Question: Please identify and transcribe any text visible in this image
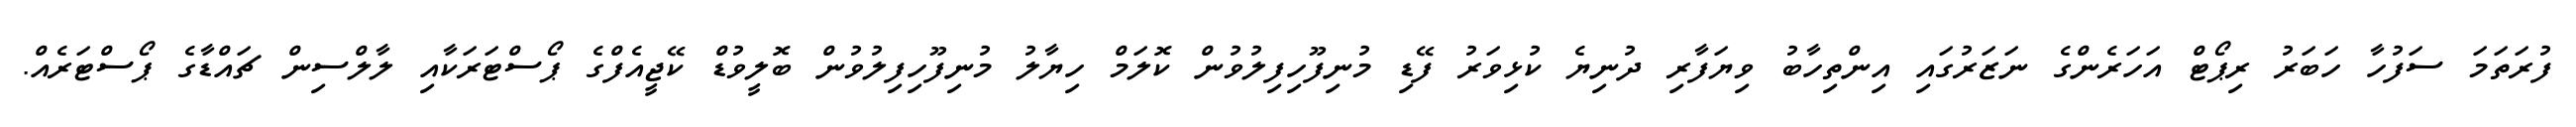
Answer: ފުރަތަމަ ސަފުހާ ހަބަރު ރިޕޯޓް އަހަރެންގެ ނަޒަރުގައި އިންތިހާބު ވިޔަފާރި ދުނިޔެ ކުޅިވަރު ފޭޑި މުނިފޫހިފިލުވުން ކޮލަމް ހިޔާލު މުނިފޫހިފިލުވުން ބޮލީވުޑް ކޭޖީއެފްގެ ޕޯސްޓަރަކާއި ލާލްސިން ޗައްޑާގެ ޕޯސްޓަރެއް.